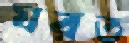
ঘরত